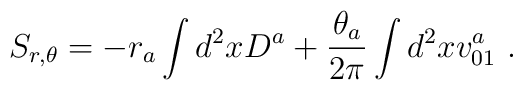
S_{r, \theta}=-r_a\int d^2x D^a+{\theta_a\over 2 \pi} \int d^2 xv_{01}^a\ .